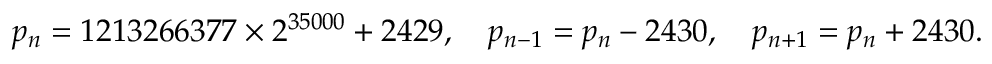
p _ { n } = 1 2 1 3 2 6 6 3 7 7 \times 2 ^ { 3 5 0 0 0 } + 2 4 2 9 , \quad p _ { n - 1 } = p _ { n } - 2 4 3 0 , \quad p _ { n + 1 } = p _ { n } + 2 4 3 0 .